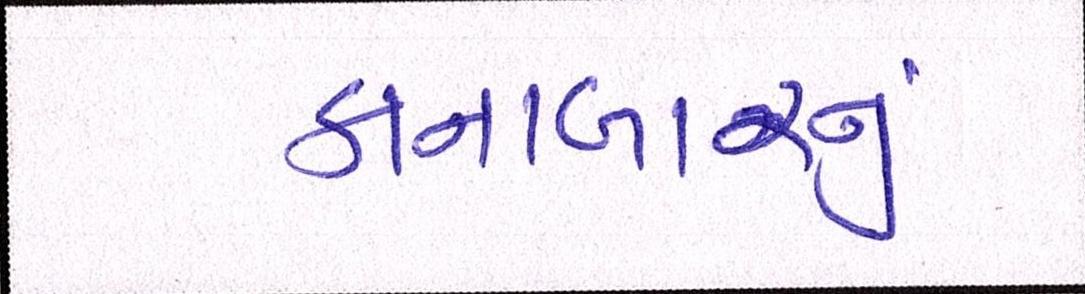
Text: કાનાબારનું